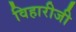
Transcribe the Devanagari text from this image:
विहारीजी